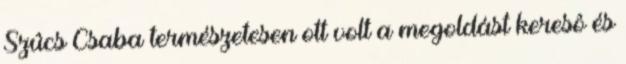
Szûcs Csaba természetesen ott volt a megoldást keresô és